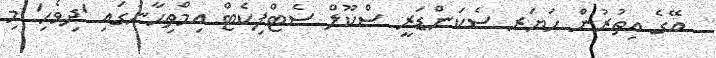
އޭގެ އިތުރުން ހަޔަރ ސެކަންޑަރީ ސްކޫލް ސެޓްފިކެޓް އިމްތިޙާނުގައި 'ދިވެހި' މި